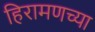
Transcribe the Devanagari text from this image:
हिरामणच्या